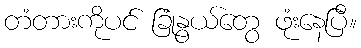
တံတားကိုပင် ခြုံနွယ်တွေ ဖုံးနေပြီ။